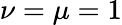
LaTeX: \nu=\mu=1